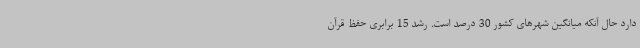
دارد حال آنکه میانگین شهرهای کشور 30 درصد است. رشد 15 برابری حفظ قرآن